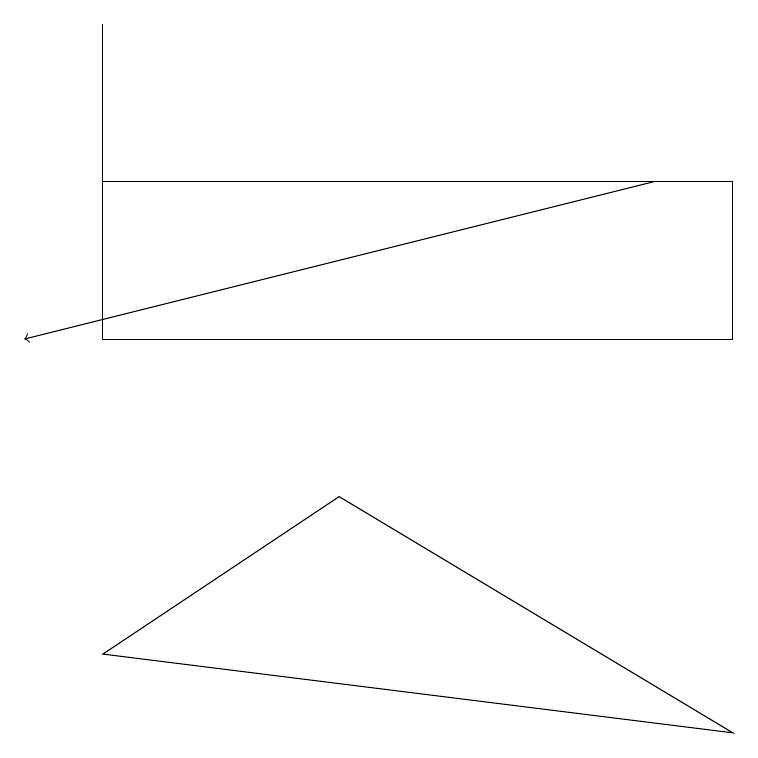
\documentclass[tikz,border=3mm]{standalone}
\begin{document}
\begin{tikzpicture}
\draw[->] (8,13) -- (0,11);
\draw (9,11) rectangle (1,13);
\draw (1,11) rectangle (1,15);
\draw (9,6) -- (4,9) -- (1,7) -- cycle;
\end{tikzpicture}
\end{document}